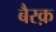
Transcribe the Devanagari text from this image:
बैरक़